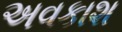
અવકાશ